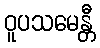
ဝူပသမေန္တီ